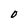
Character: O